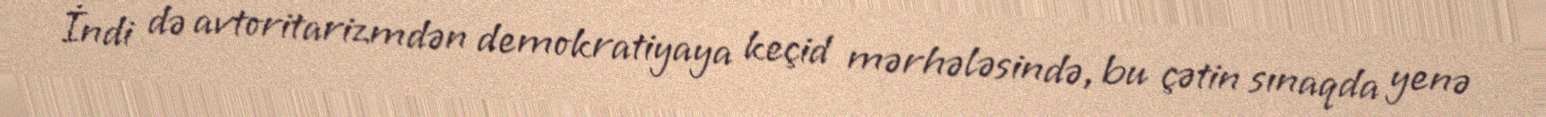
İndi də avtoritarizmdən demokratiyaya keçid mərhələsində, bu çətin sınaqda yenə